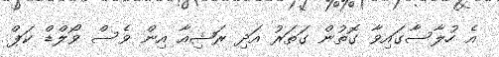
އެ ހުލާސާގައިވާ ގޮތުން ގަތަރު އަދި ރަޝިއާ އިން ވެސް ވޯލްޑް ކަޕް